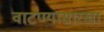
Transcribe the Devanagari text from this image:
वाटण्यासारखा